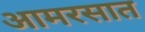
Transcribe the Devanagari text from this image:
आमरसात